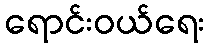
ရောင်းဝယ်ရေး